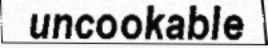
uncookable